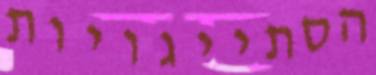
הסתייגויות